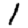
Digit: 1